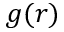
g ( r )